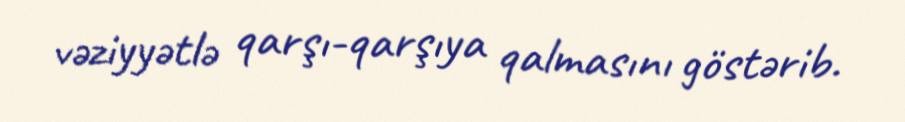
vəziyyətlə qarşı-qarşıya qalmasını göstərib.